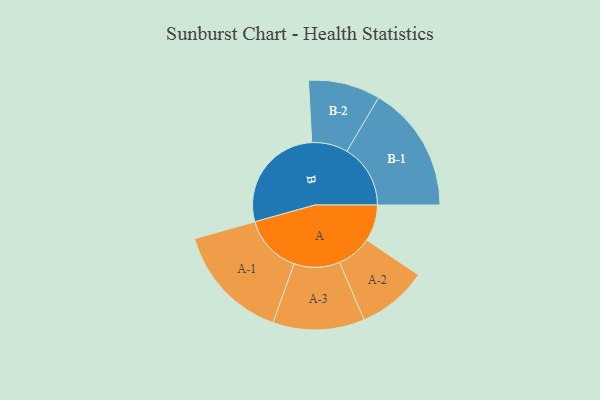
{"axis": {"x": "Segment", "y": "Value"}, "legend": ["", "A", "B"], "data": [{"x": "A", "y": 156, "type": ""}, {"x": "B", "y": 470, "type": ""}, {"x": "A-1", "y": 251, "type": "A"}, {"x": "A-2", "y": 150, "type": "A"}, {"x": "A-3", "y": 196, "type": "A"}, {"x": "B-1", "y": 272, "type": "B"}, {"x": "B-2", "y": 154, "type": "B"}]}